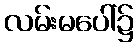
လမ်းမပေါ်၌